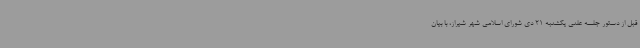
قبل از دستور جلسه علنی یکشنبه 21 دی شورای اسلامی شهر شیراز، با بیان